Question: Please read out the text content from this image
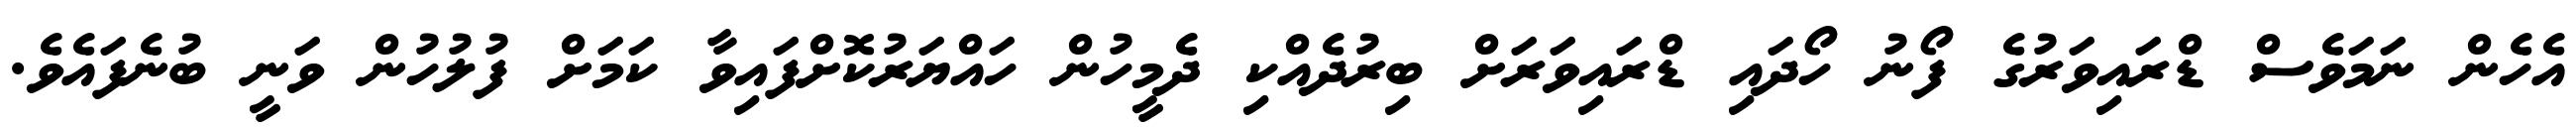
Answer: އެހެން ނަމަވެސް ޑްރައިވަރުގެ ފޯނު ހޯދައި ޑްރައިވަރަށް ބިރުދެއްކި ދެމީހުން ހައްޔަރުކޮށްފައިވާ ކަމަށް ފުލުހުން ވަނީ ބުނެފައެވެ.